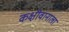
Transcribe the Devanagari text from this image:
कक्षीवानाला